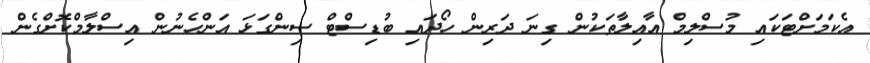
އެކަމަށްޓަކައި މުސްލިމް އާއިލާތަކުން ގިނަ ދަރިން ހޯދައި ބުޑިސްޓް ސިންގަޅަ އަންހެނުން އިސްލާމްކޮށްގެން